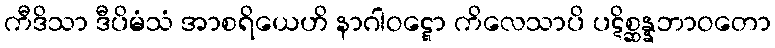
ကီဒိသာ ဒီပိမံသံ အာစရိယေဟိ နာဂါဝဋ္ဋော ကိလေသာပိ ပဋိစ္ဆန္နဘာဝတော